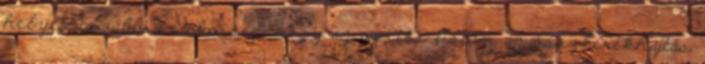
helyet, további érdekesség, hogy az opciós listán az összkerékhajtás